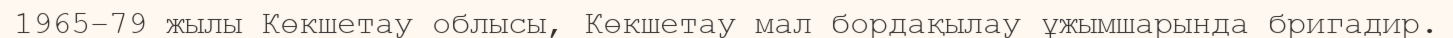
1965–79 жылы Көкшетау облысы, Көкшетау мал бордақылау ұжымшарында бригадир.